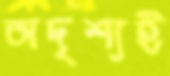
অদৃশ্যই